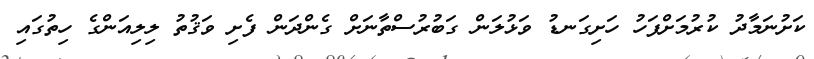
ކަށުނަމާދު ކުރުމަށްފަހު ހަށިގަނޑު ވަޅުލަން ގަބުރުސްތާނަށް ގެންދަން ފެށި ވަޤުތު ލިލިއަންގެ ހިތުގައި